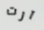
آرت